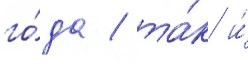
го́да / та́к и́